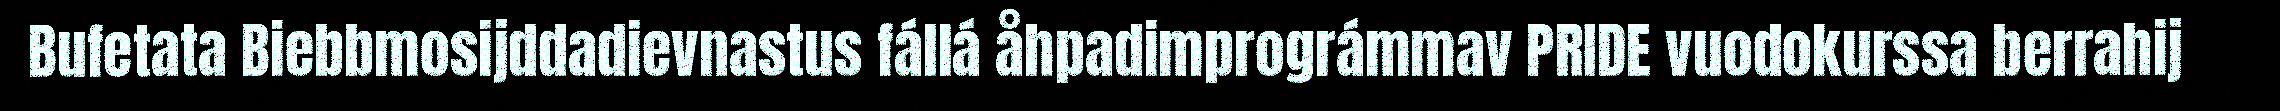
Bufetata Biebbmosijddadievnastus fállá åhpadimprográmmav PRIDE vuodokurssa berrahij